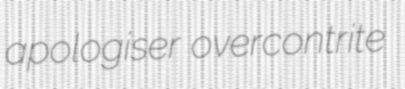
apologiser overcontrite